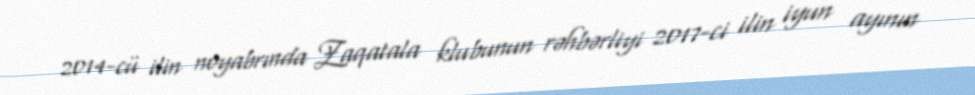
2014-cü ilin noyabrında Zaqatala klubunun rəhbərliyi 2017-ci ilin iyun ayının